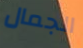
الجمال